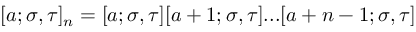
[ a ; \sigma , \tau ] _ { n } = [ a ; \sigma , \tau ] [ a + 1 ; \sigma , \tau ] . . . [ a + n - 1 ; \sigma , \tau ]